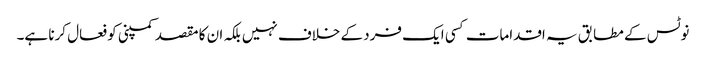
نوٹس کے مطابق یہ اقدامات کسی ایک فرد کے خلاف نہیں بلکہ ان کا مقصد کمپنی کو فعال کرنا ہے۔